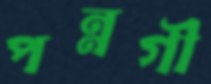
পন্নগী